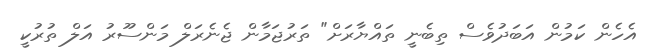
އެހެން ކަމުން އަބަދުވެސް ތިބެނީ ތައްޔާރަށް" ތަރުޖަމާން ޖެނެރަލް މަންސޫރު އަލް ތުރުކީ